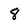
Character: 8